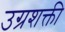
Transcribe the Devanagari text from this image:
उग्रशक्ती